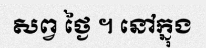
សព្វ ថ្ងៃ ។ នៅក្នុង